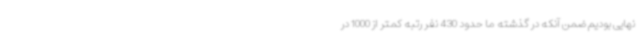
نهایی بودیم ضمن آنکه در گذشته ما حدود 430 نفر رتبه کمتر از 1000 در